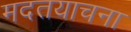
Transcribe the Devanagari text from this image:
मदतयाचना